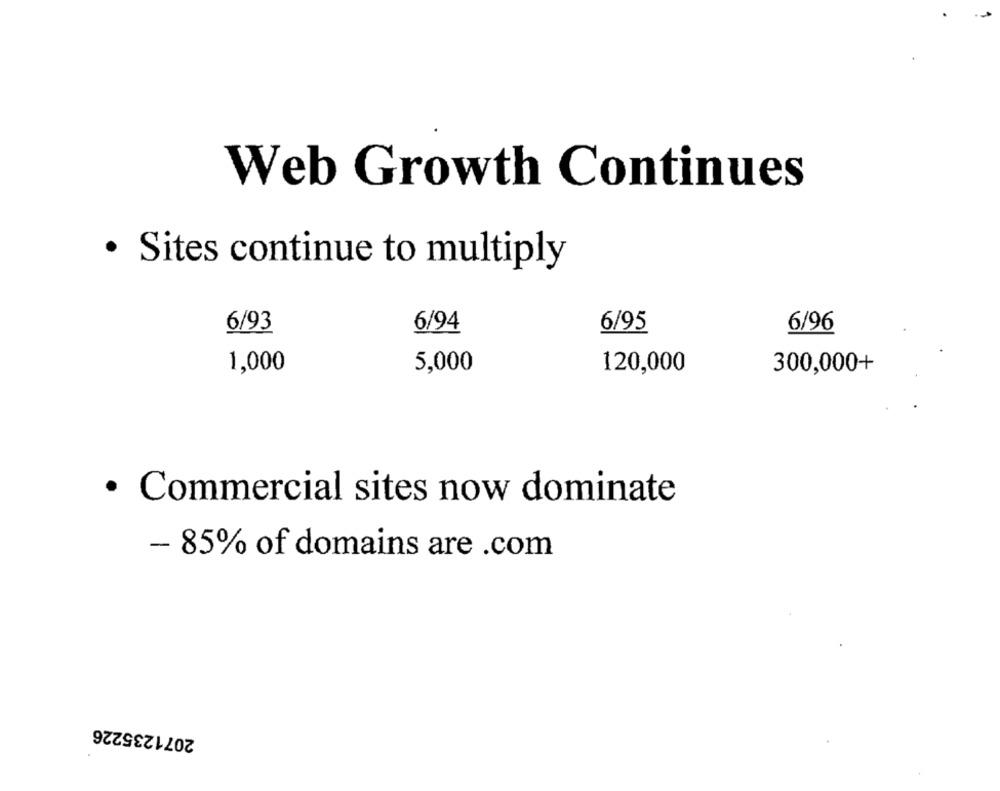
Web Growth Continues
· Sites continue to multiply
6/93
6/94
6/95
6/96
1,000
5,000
120,000
300,000+
· Commercial sites now dominate
- 85% of domains are .com
2071235226